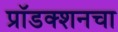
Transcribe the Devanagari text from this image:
प्रॉडक्शनचा